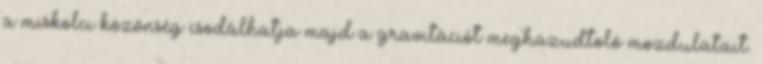
a miskolci közönség csodálhatja majd a gravitációt meghazudtoló mozdulatait.